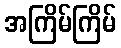
အကြိမ်ကြိမ်